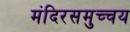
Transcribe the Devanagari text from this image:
मंदिरसमुच्चय